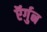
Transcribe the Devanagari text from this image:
ऍर्गुन